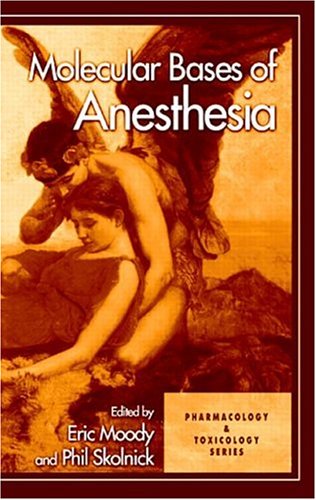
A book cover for Molecular Bases of Anesthesia (Handbooks in Pharmacology and Toxicology); Medical Books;